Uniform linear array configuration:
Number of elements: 64
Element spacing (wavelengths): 0.25
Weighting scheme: kaiser
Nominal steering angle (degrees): -45
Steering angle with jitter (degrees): -45.701
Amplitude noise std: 0.05
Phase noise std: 0.05

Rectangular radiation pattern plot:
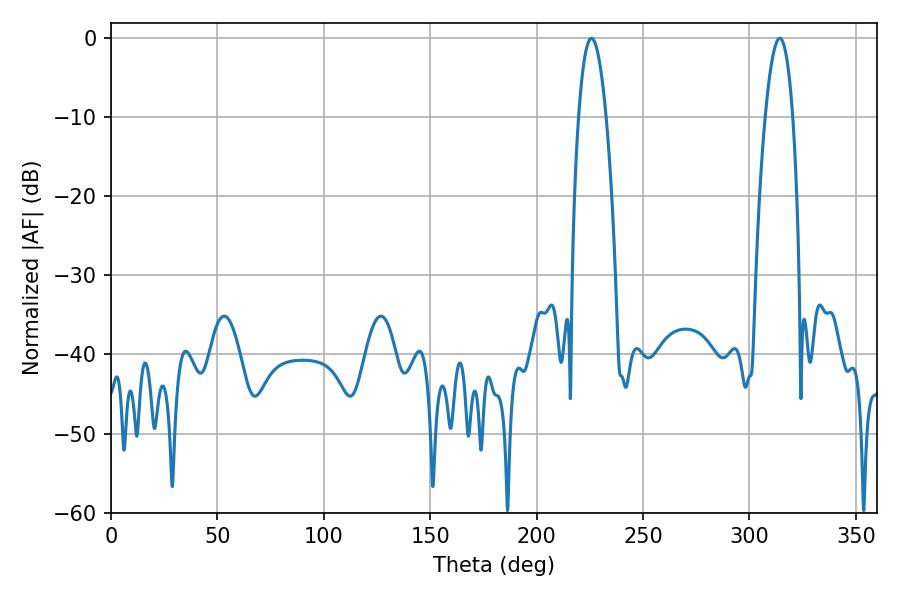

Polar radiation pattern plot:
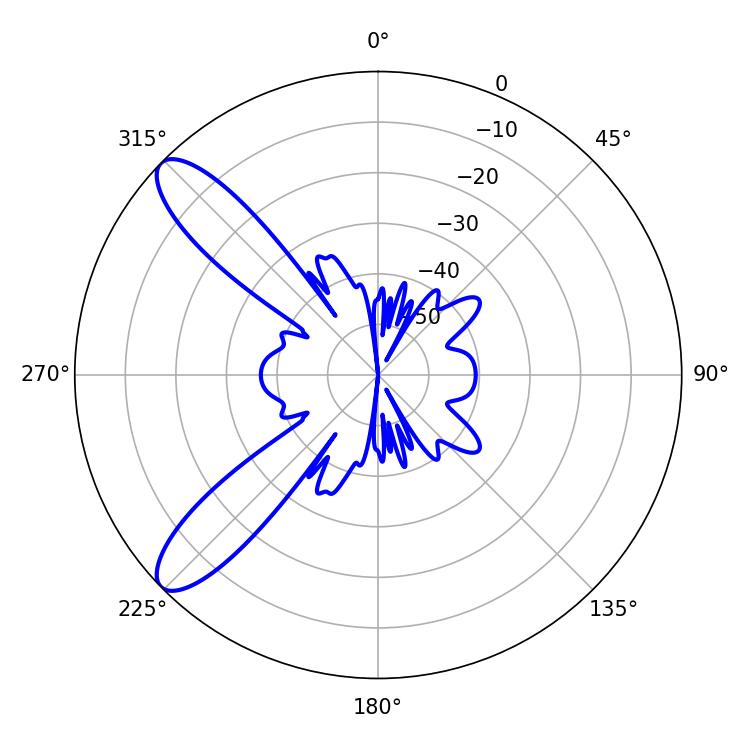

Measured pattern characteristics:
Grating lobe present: FALSE
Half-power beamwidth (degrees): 7.2
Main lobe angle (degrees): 225.72